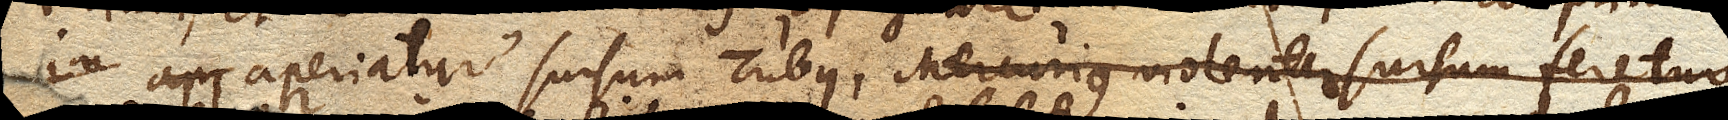
aperiatur sursum Tubus, Mercurius violenter sursum feretur